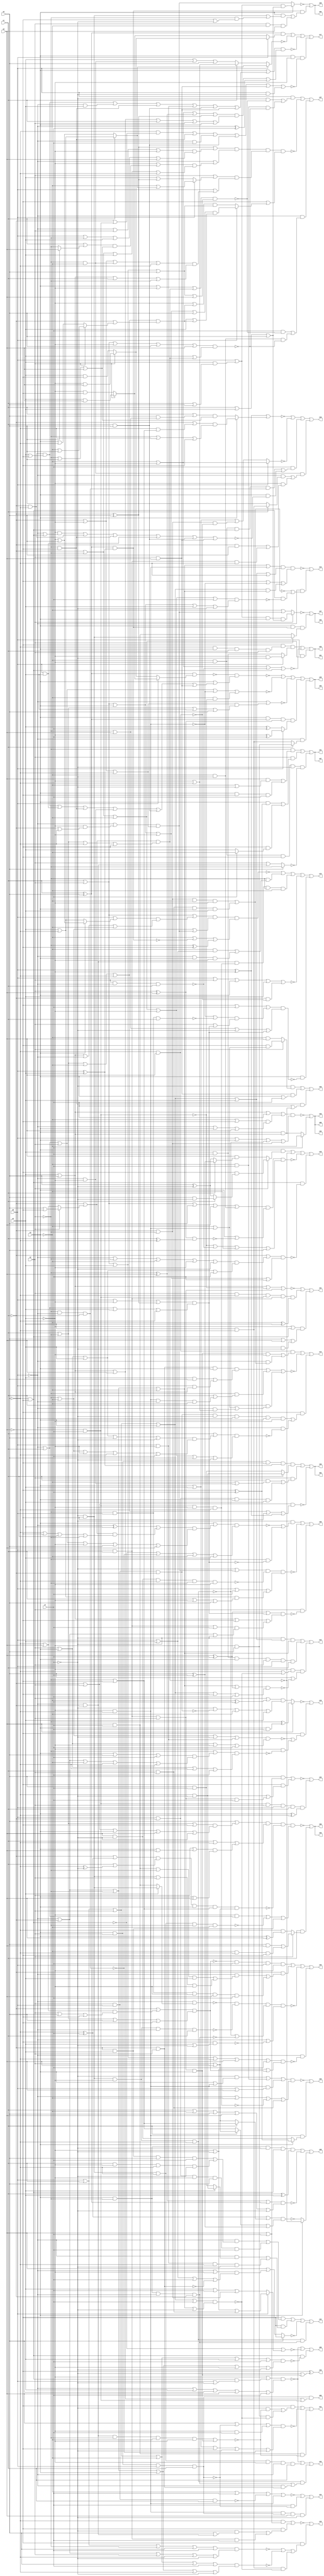
// Benchmark "q_4" written by ABC on Mon Mar 13 21:45:53 2023

module q_4 ( 
    x0, x1, x2, x3, x4, x5, x6, x7,
    z00, z01, z02, z03, z04, z05, z06, z07, z08, z09, z10, z11, z12, z13,
    z14, z15, z16, z17, z18, z19, z20, z21, z22, z23, z24, z25, z26, z27,
    z28, z29, z30, z31, z32, z33, z34, z35, z36, z37, z38, z39, z40  );
  input  x0, x1, x2, x3, x4, x5, x6, x7;
  output z00, z01, z02, z03, z04, z05, z06, z07, z08, z09, z10, z11, z12, z13,
    z14, z15, z16, z17, z18, z19, z20, z21, z22, z23, z24, z25, z26, z27,
    z28, z29, z30, z31, z32, z33, z34, z35, z36, z37, z38, z39, z40;
  wire n51, n52, n54, n55, n56, n57, n59, n60, n61, n62, n64, n65, n67, n69,
    n70, n71, n72, n73, n74, n75, n76, n77, n79, n80, n81, n82, n84, n86,
    n87, n88, n90, n91, n92, n93, n95, n96, n97, n98, n99, n101, n102,
    n103, n104, n106, n107, n108, n110, n111, n112, n113, n114, n116, n117,
    n118, n119, n120, n121, n123, n124, n125, n126, n127, n128, n129, n130,
    n131, n132, n134, n135, n136, n137, n138, n140, n141, n142, n143, n144,
    n145, n147, n148, n149, n150, n151, n152, n154, n155, n156, n158, n159,
    n161, n162, n163, n165, n166, n169, n170, n171, n173, n174, n175, n177,
    n178, n179, n181, n182, n183, n184, n185, n186, n187, n188, n190, n191,
    n192, n193, n194, n196, n197, n198, n199, n200, n201, n203, n204, n205;
  assign z00 = n52 & (x4 | x5 | x6 | n51);
  assign n51 = ~x6 & x7;
  assign n52 = x3 & x2 & x0 & x1;
  assign z01 = n54 | ~n56 | (x0 & (~x1 | ~x2 | ~x3));
  assign n54 = ~x6 & n55 & (x0 ? (~x4 & ~x7) : (x4 & x7));
  assign n55 = ~x5 & x3 & x1 & x2;
  assign n56 = ~x3 | ~x4 | ~n57 | (~x5 & ~x6);
  assign n57 = x2 & ~x0 & x1;
  assign z02 = (n60 & (x1 ? (~x5 & ~x7) : (x5 & x7))) | n59 | ~n61;
  assign n59 = x2 & ((x1 & (~x3 | (~x0 & ~x4))) | (x0 & ~x1 & x3 & x4));
  assign n60 = x2 & x3 & ~x6 & (x0 ^ x4);
  assign n61 = (~x1 | x2) & (x1 | ~x2 | ~x3 | ~x5 | ~x6 | n62);
  assign n62 = x0 ^ ~x4;
  assign z03 = ~n65 | (x3 & n64 & (x2 ? (~x6 & ~x7) : (x6 & x7)));
  assign n64 = (x1 ^ x5) & (x0 ^ x4);
  assign n65 = x2 ? ((x0 | (x4 & (x1 | x5))) & x3 & (x1 | x4 | x5)) : (~x3 | ((~x0 | (~x4 & (~x1 | ~x5))) & (~x1 | ~x4 | ~x5)));
  assign z04 = ~n67 | (n64 & ((x3 & ((~x6 & ~x7) | (~x2 & (~x6 | ~x7)))) | (x2 & ~x3 & x6)));
  assign n67 = x3 ? ((x0 | (x4 & (x1 | x5))) & (x1 | x4 | x5)) : ((~x0 | (~x4 & (~x1 | ~x5))) & (~x1 | ~x4 | ~x5));
  assign z05 = ~n75 | ~n73 | ~n72 | n69 | n71;
  assign n69 = n70 & (x0 ? (~x4 ^ x7) : (x4 ^ x7));
  assign n70 = x3 & (x1 ^ x5) & (x2 ^ x6);
  assign n71 = ~x0 & (x1 ? (~x4 & x5) : (x4 & ~x5));
  assign n72 = ~x0 | ((~x1 | ~x4 | ~x5) & (x1 | ~x2 | x4 | x5));
  assign n73 = ~x0 | x1 | x2 | ~n74 | (~x3 & ~n51);
  assign n74 = ~x4 & ~x5;
  assign n75 = ~n76 & (x3 | n77);
  assign n76 = (x1 ^ x5) & (x0 ? (x2 ? (x4 & x6) : (~x4 & ~x6)) : (x2 ? (~x4 & x6) : (x4 & ~x6)));
  assign n77 = (~x1 & ~x5 & (x4 | ~x6)) | (x0 & x4) | (~x2 & ~x6) | (~x0 & ~x4) | (x1 & x5) | (x2 & x6);
  assign z06 = ~n79 | (x1 & (x2 ? ((x5 & x6) | (~x3 & ~x5 & ~x6)) : (~x5 & (x3 ^ x6))));
  assign n79 = n80 & ~n81 & ((~x4 & (~x0 | x1)) | ~n82 | (~x1 & x4));
  assign n80 = (x5 | ((x1 | ~x2 | ~x6) & (~x1 | x2 | x3 | x6 | ~x7))) & (x1 | ~x5 | ((x2 | (x3 & x6)) & (x3 | x6)));
  assign n81 = (~x1 | (~x5 ^ x7)) & (x1 | (~x5 ^ ~x7)) & x3 & (~x2 | ~x6) & (x2 | x6);
  assign n82 = ~x7 & ~x6 & ~x5 & ~x2 & ~x3;
  assign z07 = (~x2 & ((x6 & (~x3 | ~x7)) | (x3 & ~x6 & x7))) | (x2 & ((x3 & (~x6 ^ x7)) | (~x6 & (x7 ? ~x3 : x4)))) | (~x3 & ~x4 & ~x6 & ~x7 & ~n84);
  assign n84 = x5 ? ~x2 : (x2 | (~x0 & ~x1));
  assign z08 = ~n86 | (x7 ? ~x3 : (x3 & (x4 | x5)));
  assign n86 = n87 & (x0 | x3 | ~n88 | (~x1 & ~x2));
  assign n87 = x4 | x5 | x7 | ((~x3 | ~x6) & (~x0 | x3 | x6));
  assign n88 = ~x7 & ~x6 & ~x4 & ~x5;
  assign z09 = ~n90 | ~n93 | (n91 & ~n92);
  assign n90 = (~x4 | (~x5 & ~x6 & (x0 | ~x7))) & (~x0 | x4 | x5 | x6 | x7);
  assign n91 = ~x5 & ~x6;
  assign n92 = (x0 | x1 | x2 | ~x3 | x4 | x7) & (~x0 | ~x1 | ~x2 | x3 | ~x4 | ~x7);
  assign n93 = ~n91 | (x0 ? (~x4 | ~x7 | (x1 & x2)) : (x4 | x7 | (~x1 & ~x2)));
  assign z10 = ~n97 | (~x6 & (~n98 | ~n99 | (n95 & ~n96)));
  assign n95 = x4 & ~x5;
  assign n96 = (x0 | x1 | x2 | x3 | x7) & (~x0 | ~x1 | ~x2 | ~x3 | ~x7);
  assign n97 = (~x5 & (x6 | x7)) | (~x6 & ((~x7 & (x5 | (~x0 & ~x1))) | (x0 & x1 & x7)));
  assign n98 = (x0 | x1 | ~x2 | x5 | x7) & (~x0 | ~x1 | x2 | ~x5 | ~x7);
  assign n99 = (x0 | x1 | x2 | ~x3 | x5 | x7) & (~x0 | ~x1 | ~x2 | x3 | ~x5 | ~x7);
  assign z11 = (~x6 & ((~x7 & ~n102) | (n101 & ~n96))) | ~n103 | (x6 & x7 & ~n102);
  assign n101 = ~x4 & x5;
  assign n102 = (~x0 & ~x1 & ~x2 & ~x3 & ~x4) | (x0 & x1 & x2 & x3);
  assign n103 = (x6 | ~n52 | (~x4 & x7)) & (x3 | x4 | ~x6 | ~x7 | ~n104);
  assign n104 = ~x2 & ~x0 & ~x1;
  assign z12 = n107 | n108 | (~x4 & (~x5 | ~n96) & (x5 | ~n106));
  assign n106 = (~x0 | ~x1 | ~x2 | ~x3 | (x6 ^ x7)) & (x0 | x1 | x2 | x3 | ~x6 | x7);
  assign n107 = ~x7 & (x0 | x1 | x2 | x3 | x4) & (~x0 | ~x1 | ~x2 | ~x3);
  assign n108 = x7 & x4 & x3 & x2 & x0 & x1;
  assign z13 = ~n112 | (~x0 & (~n110 | (~x5 & ~x6 & ~n111)));
  assign n110 = (~x1 & ~x2 & ~x3 & ~x4) | (x1 & x2 & x3 & x4);
  assign n111 = (~x1 | ~x2 | ~x3 | ~x4 | x7) & (x1 | x2 | x3 | x4 | ~x7);
  assign n112 = n114 & (~x6 | ~n74 | n113);
  assign n113 = (x0 | x1 | x2 | x3) & (~x0 | ~x1 | ~x2 | ~x3);
  assign n114 = (~x0 | ~x1 | ~x2 | ~x3 | (~x4 & ~x5)) & (x0 | x1 | x2 | x3 | x4 | ~x5);
  assign z14 = n119 | ~n121 | (~x6 & (n117 | (~x0 & ~n116)));
  assign n116 = (x1 | ((x2 | x3 | x4 | x5 | ~x7) & (~x2 | ~x3 | ~x4 | ~x5 | x7))) & (~x1 | ~x2 | ~x3 | ~x4 | x5 | ~x7);
  assign n117 = n118 & ~x7 & x5 & x3 & ~x4;
  assign n118 = x2 & x0 & ~x1;
  assign n119 = n120 & ((x0 & x1 & x2 & x3 & ~x4) | (~x0 & ((x1 & x2 & x3 & x4) | (~x1 & ~x2 & ~x3 & ~x4))));
  assign n120 = ~x5 & x6;
  assign n121 = (~x1 & x2 & x3 & ((x4 & x5) | (x0 & (x4 | x5)))) | (~x2 & (x1 | (~x4 & ~x5 & ~x0 & ~x3))) | (x1 & (~x3 | (~x4 & ~x5) | (~x0 & (~x4 | ~x5))));
  assign z15 = ~n126 | n128 | n129 | ~n132 | (x3 & ~n123);
  assign n123 = (~x6 | x7 | ((~n74 | ~n124) & (x2 | n125))) & (~x2 | x6 | ~x7 | n125);
  assign n124 = ~x2 & x0 & x1;
  assign n125 = (x0 | ~x4 | (~x1 ^ x5)) & (~x0 | x1 | x4 | ~x5);
  assign n126 = n127 & (~x3 | ~n64 | (~x2 ^ ~x6));
  assign n127 = (x1 | x2 | ((x0 | (x3 ? (~x4 | x5) : (x4 | ~x5))) & (x4 | x5 | ~x0 | ~x3))) & (~x2 | ~x3 | ((~x0 | (~x4 & (~x1 | ~x5))) & (~x1 | ~x4 | ~x5)));
  assign n128 = ~x2 & ((~x3 & (x0 | x4)) | (~x0 & x3 & ~x4));
  assign n129 = n131 & n130 & ~x2 & ~x3;
  assign n130 = x7 & ~x6 & ~x4 & ~x5;
  assign n131 = ~x0 & ~x1;
  assign n132 = x0 | x2 | x3 | x4 | (~x1 & ~n120);
  assign z16 = ~n138 | ~n137 | n134 | n136;
  assign n134 = x7 & ((~x3 & ~x4 & n91 & n104) | (x3 & ~n135));
  assign n135 = (~x4 & (~x0 | (~x5 & ~x6))) | (~x1 & ~x5) | (~x2 & ~x6) | (x0 & x4) | (x1 & x5) | (x2 & x6);
  assign n136 = ~x2 & ~x3 & ((~x0 & (x1 ? (x4 & ~x5) : x5)) | (~x4 & ((~x1 & x5) | (x0 & x1 & ~x5))));
  assign n137 = x0 ? (~x3 | ~x4) : (x3 | x4 | (~x1 & ~x2 & ~n120));
  assign n138 = n62 | (x3 ? ((~x1 | (~x5 & (~x2 | ~x6))) & (~x2 | ~x5 | ~x6)) : ((x1 | (x5 & (~x2 | x6))) & (~x2 | x5 | x6)));
  assign z17 = n141 | ~n142 | ~n143 | (x3 & ~x4 & ~n140);
  assign n140 = (~x5 & (~x1 | (~x6 & x7))) | (~x2 & ~x6) | (~x0 & x7) | (x1 & x5) | (x2 & x6) | (x0 & ~x7);
  assign n141 = (x1 ^ x5) & (x0 ? (x2 ? (~x4 & x6) : (x4 & ~x6)) : (x2 ? (x4 & x6) : (~x4 & ~x6)));
  assign n142 = x0 ? (x1 ? (x4 | ~x5) : (~x4 | x5)) : (x1 ? (~x4 | ~x5) : (x4 | (~x2 & ~x3) | x5));
  assign n143 = (x3 | n144) & (n145 | (~x0 ^ x7));
  assign n144 = (~x1 & ~x5 & (x4 | ~x6)) | (~x0 & x4) | (~x2 & ~x6) | (x0 & ~x4) | (x1 & x5) | (x2 & x6);
  assign n145 = (~x3 | ~x4 | (~x2 ^ x6) | (~x1 ^ x5)) & (x4 | x5 | x6 | x1 | x2 | x3);
  assign z18 = n147 | ~n149 | ~n150 | (n91 & ~n148);
  assign n147 = x3 & (x2 ? (~x6 & (x1 ? (x5 & ~x7) : (x5 ^ ~x7))) : (x6 & (x1 ? (x5 ^ x7) : (x5 ^ ~x7))));
  assign n148 = (~x1 | ((~x0 | ~x2 | ~x3 | ~x4 | ~x7) & (x2 | x3 | x4 | x7))) & (x1 | x2 | x3 | ~x4 | x7);
  assign n149 = (~x1 | (x2 ? (x5 | ~x6) : (~x5 | x6))) & (x1 | ~x2 | ~x5 | ~x6);
  assign n150 = n152 & (x3 | ~n151) & (~n51 | ~n57 | ~x3 | x5);
  assign n151 = (x2 ^ x6) & (x1 ^ ~x5);
  assign n152 = x1 | x2 | x5 | x6 | (~x3 & ~x7);
  assign z19 = ~n156 | (~x6 & (~n155 | (~x4 & ~n154)));
  assign n154 = (~x2 | ((x3 | x5 | x7) & (~x0 | ~x1 | ~x3 | ~x5 | ~x7))) & (x2 | x3 | ~x5 | x7);
  assign n155 = (~x2 | ~x3 | ~x7 | (x0 & ~x4)) & (x2 | x3 | ~x4 | x7);
  assign n156 = x6 ? (~x2 ^ (x3 & x7)) : ((x2 | (~x3 ^ x7)) & (~x7 | ~n118 | ~x3 | x4));
  assign z20 = ~n158 | (n74 & (x3 ? (~x6 ^ x7) : (x6 & ~x7)));
  assign n158 = n159 & (~x0 | ~x3 | ~n130 | (x1 & x2));
  assign n159 = (~x7 & (x3 | (~x4 & ~x5))) | (~x3 & x7) | (~x4 & ~x5 & (x0 | x6));
  assign z21 = ~n161 | n162 | ((~x4 | (~x5 & ~x6)) & (x5 | x6 | (x4 & ~x7)));
  assign n161 = x4 | x5 | ~n51 | (x0 & x1 & x2);
  assign n162 = x2 & ~x5 & n51 & n163 & (~x3 ^ x4);
  assign n163 = x0 & x1;
  assign z22 = ~n166 | (n165 & (x3 ^ ~x5));
  assign n165 = x7 & ~x6 & x2 & x0 & x1;
  assign n166 = (x5 & (x6 | x7)) | (~x6 & ((~x5 & ~x7) | (x0 & x1 & x2 & x7)));
  assign z23 = ~x6 ^ (~x7 | (x0 & x1 & x2 & x3));
  assign z24 = ~n170 | (x7 & ~n169) | (n74 & n52 & x6 & ~x7);
  assign n169 = x3 & x2 & x0 & x1;
  assign n170 = ~x3 | x7 | ~n171 | (~x4 & ~x5);
  assign n171 = x2 & x0 & x1;
  assign z33 = ~n90 | n175 | (n88 & (n174 | (~x0 & n173)));
  assign n173 = ~x1 & x2;
  assign n174 = x3 & ~x2 & ~x0 & ~x1;
  assign n175 = ~x7 & ~x6 & ~x5 & ~x4 & ~x0 & x1;
  assign z34 = n177 | n178 | ~n179 | (n88 & n174);
  assign n177 = ~x6 & ((~x0 & ((~x1 & x4 & x5 & x7) | (x1 & ~x4 & ~x5 & ~x7))) | (x0 & ~x1 & ~x4 & x5 & x7));
  assign n178 = ~x6 & ((~x0 & (x4 ? (~x5 & ~x7) : (x5 & x7))) | (x0 & ~x4 & ~x5 & ~x7));
  assign n179 = x5 ? ~x6 : (x6 | ((~x0 | ~x4) & (x0 | x4 | x7 | ~n173)));
  assign z35 = n182 | n184 | ~n185 | (~x0 & ~n181);
  assign n181 = (x1 | x2 | x4 | ~x5 | x6 | x7) & (~x4 | ~x7 | ((~x1 | ((~x5 | x6) & (x2 | x5 | ~x6))) & (x1 | ~x2 | x5 | ~x6)));
  assign n182 = ~n183 & x7 & x0 & ~x4;
  assign n183 = (~x1 | ((~x5 | x6) & (x2 | x5 | ~x6))) & (x1 | ~x2 | x5 | ~x6);
  assign n184 = ~x1 & ((~x0 & ((x6 & x7 & ~x2 & x4) | (~x6 & ~x7 & x2 & ~x4))) | (x0 & ~x2 & ~x4 & x6 & x7));
  assign n185 = ~n187 & ~n188 & (~n88 | ~n174) & (~x0 | ~n186);
  assign n186 = ~x6 & (x4 | ~x7);
  assign n187 = ~x0 & (x4 ? (~x6 & ~x7) : (x6 & x7));
  assign n188 = ~x7 & ~x6 & ~x4 & ~x0 & x1;
  assign z36 = (~x7 & (~n190 | (~x2 & ~n125))) | ~n193 | (x2 & ~n192);
  assign n190 = (x3 | n191) & (~n91 | ~n104 | ~x3 | x4);
  assign n191 = ((~x0 ^ x4) | ((~x1 | (x2 ? (x5 | ~x6) : (~x5 | x6))) & (~x5 | ~x6 | x1 | ~x2))) & (~x0 | x1 | x2 | ~x4 | x5 | x6);
  assign n192 = ((x6 ^ x7) | ((x0 | ~x4 | (~x1 ^ x5)) & (~x0 | x1 | x4 | ~x5))) & (x4 | x5 | ~x6 | (((x0 & x1) | x7) & (~x0 | ~x1 | ~x7)));
  assign n193 = (~x7 | ((~x1 | ~x4 | ~x5) & (~x0 | (~x4 & (~x1 | ~x5))))) & ~n194 & (x0 | x7 | ((x4 | ~x5) & (x1 | ~x4 | x5)));
  assign n194 = ~x7 & x6 & ~x5 & ~x2 & ~x4;
  assign z37 = (x0 & ((~x7 & ~n196) | (~x3 & x7 & ~n197))) | ~n198 | (~x0 & ((x7 & ~n196) | (~x3 & ~x7 & ~n197)));
  assign n196 = (x3 | ~x4 | ((~x1 | (x2 ? (x5 | ~x6) : (~x5 | x6))) & (x1 | ~x2 | ~x5 | ~x6))) & (x1 | x2 | x4 | x5 | x6);
  assign n197 = (x1 | x2 | ~x4 | x5 | x6) & (x4 | ((~x1 | (x2 ? (x5 | ~x6) : (~x5 | x6))) & (x1 | ~x2 | ~x5 | ~x6)));
  assign n198 = n200 & n201 & (~x6 | n199);
  assign n199 = x0 ? ((x1 | x2 | x3 | ~x4 | x5) & (x4 | ((x1 | ~x2 | ~x3 | ~x5) & (~x1 | (x2 ? (~x3 | x5) : (x3 | ~x5)))))) : ((~x4 | ((x1 | ~x2 | ~x3 | ~x5) & (~x1 | (x2 ? (~x3 | x5) : (x3 | ~x5))))) & (x1 | x2 | x4 | x5));
  assign n200 = ((~x1 ^ x5) | ((~x0 | x2 | ~x4) & (x0 | ~x2 | x4 | x6))) & (~x0 | ((~x4 | ((x1 | (x5 ? x6 : ~x2)) & (~x2 | x5 | x6))) & (~x1 | ~x2 | x4 | ~x5)));
  assign n201 = (x2 | (x0 ? (~x3 | (x1 ? (x4 | ~x5) : (~x4 | x5))) : (x4 | (~x1 ^ x5)))) & (x0 | ((~x1 | ~x4 | (~x2 & ~x3) | ~x5) & (x4 | x5 | x1 | ~x2)));
  assign z38 = n204 | ~n205 | (x3 ? ~n149 : ~n203);
  assign n203 = ((~x5 ^ x7) | (x1 ? (~x2 | ~x6) : (x2 | x6))) & ((x1 ? (x2 | x6) : (~x2 | ~x6)) | (x5 ^ x7));
  assign n204 = ~x2 & x3 & ~x7 & n91 & (x1 ^ x4);
  assign n205 = ((~x2 ^ x6) | (x1 ^ x5)) & (x1 | ~x3 | x5 | x6 | ~x7);
  assign z39 = (~x7 & (x2 ? (~x6 & (~x3 | (~x4 & ~x5))) : (~x3 & x6))) | (x2 & x6 & (x3 | x7)) | (~x2 & ~x6 & (x7 | (x3 & (x4 | x5))));
  assign z25 = n54 | ~n56 | (x0 & (~x1 | ~x2 | ~x3));
  assign z26 = (n60 & (x1 ? (~x5 & ~x7) : (x5 & x7))) | n59 | ~n61;
  assign z27 = z03;
  assign z28 = z04;
  assign z29 = ~n75 | ~n73 | ~n72 | n69 | n71;
  assign z30 = ~n79 | (x1 & (x2 ? ((x5 & x6) | (~x3 & ~x5 & ~x6)) : (~x5 & (x3 ^ x6))));
  assign z31 = z07;
  assign z32 = ~n86 | (x7 ? ~x3 : (x3 & (x4 | x5)));
  assign z40 = ~n86 | (x7 ? ~x3 : (x3 & (x4 | x5)));
endmodule